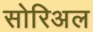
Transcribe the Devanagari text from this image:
सोरिअल